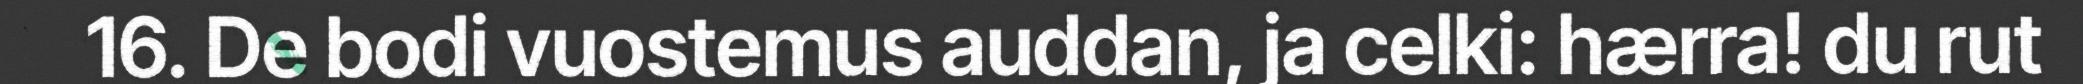
16. De bodi vuostemus auddan, ja celki: hærra! du rut